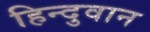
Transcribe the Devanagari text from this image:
हिन्दुवान